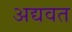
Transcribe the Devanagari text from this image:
अद्यवत